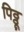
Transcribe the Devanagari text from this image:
पिठ्ठू